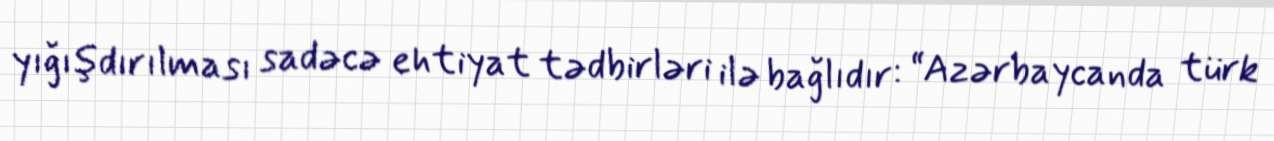
yığışdırılması sadəcə ehtiyat tədbirləri ilə bağlıdır: “Azərbaycanda türk